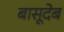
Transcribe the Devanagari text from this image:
बासूदेब